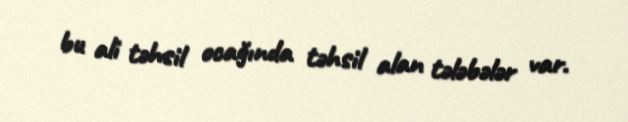
bu ali təhsil ocağında təhsil alan tələbələr var.